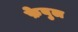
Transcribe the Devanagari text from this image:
फ़ेबुल